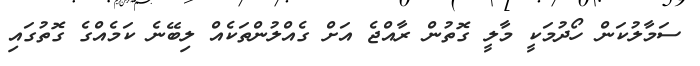
ސަމާލުކަން ހޯދުމަކީ މާލީ ގޮތުން ރާއްޖެ އަށް ގެއްލުންތަކެއް ލިބޭނެ ކަމެއްގެ ގޮތުގައި